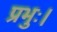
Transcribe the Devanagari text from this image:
प्रभुः।